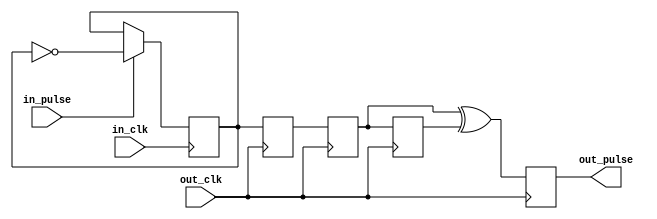
module pulse_cross_domain(
    input  in_clk,
    input  in_pulse,
    
    input  out_clk,
    output reg out_pulse = 0
);

    reg ff = 0;
    always @(posedge in_clk)
        if (in_pulse)
            ff <= ~ff;
    
    reg r1 = 0;
    reg r2 = 0;
    reg r3 = 0;
    always @(posedge out_clk) begin
        r1 <= ff;
        r2 <= r1;
        r3 <= r2;
    end
    
    always @(posedge out_clk)
        out_pulse <= r2 ^ r3; // catch both rising an falling edges
    
endmodule